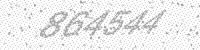
Solution: 864544